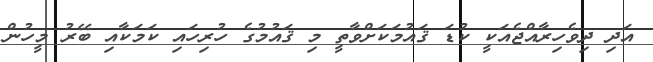
އަދި ދިވެހިރާއްޖެއަކީ ކުޑަ ޤައުމަކަށްވާތީ މި ޤައުމުގެ ހުރިހައި ކަމަކާއި ބޭރު މީހުން